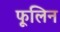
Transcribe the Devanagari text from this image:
फूलिन